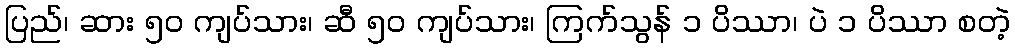
ပြည်၊ ဆား ၅၀ ကျပ်သား၊ ဆီ ၅၀ ကျပ်သား၊ ကြက်သွန် ၁ ပိဿာ၊ ပဲ ၁ ပိဿာ စတဲ့